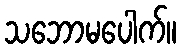
သဘောမပေါက်။